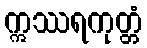
ဣဿရကုတ္တံ